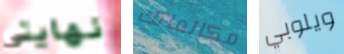
نهايتي مكالماتك ويلوبي